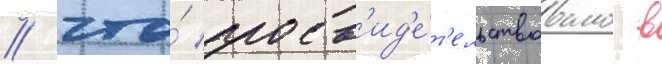
/ что́ засв'ид'е́т'ельствовано в